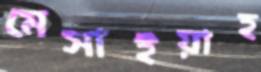
মেসাইয়াহ